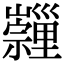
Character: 𡿂